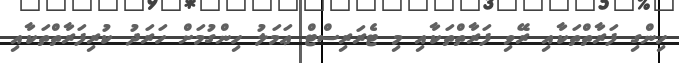
ހިންގި ފަރާތްތަކާއި ރޭވި ފަރާތްތަކާއި މި ޓެރަރިސްޓް ޢަމަލު ހިންގުމަށް ހަރަދު ކުރިފަރާތްތަކާއި